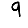
Digit: 9